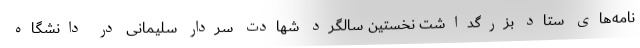
نامه‌های ستاد بزرگداشت نخستین سالگرد شهادت سردار سلیمانی در دانشگاه